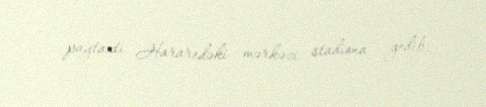
paytaxtı Hararedəki mərkəzi stadiona gedib.